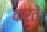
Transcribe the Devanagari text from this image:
करतें।